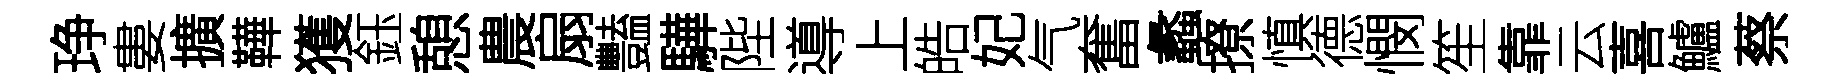
琤婁擴鞾獲鈺憩農扇豔驊陛導上皓妃气奮蠡撩慎德憫笙靠云喜鱸蔡